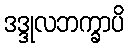
ဒဒ္ဒုလဘက္ခာပိ